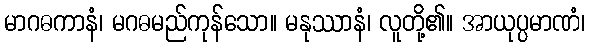
မာဂဓကာနံ၊ မဂဓမည်ကုန်သော။ မနုဿာနံ၊ လူတို့၏။ အာယုပ္ပမာဏံ၊